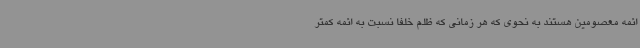
ائمه معصومین هستند به نحوی که هر زمانی که ظلم خلفا نسبت به ائمه کمتر